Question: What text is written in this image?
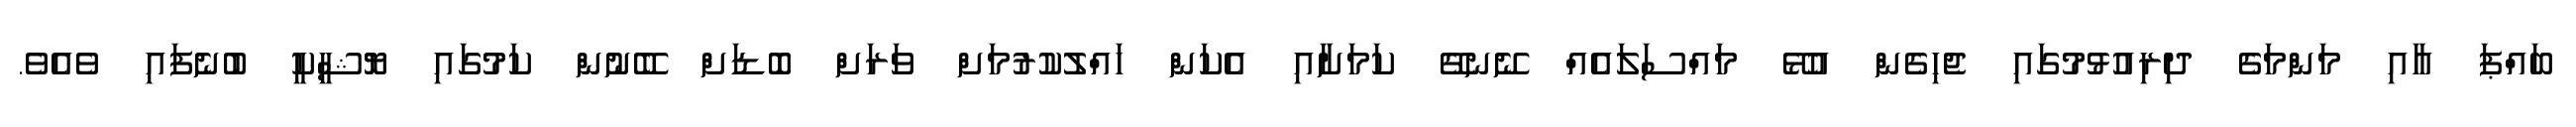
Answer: ބައްޕަ އާއި މަންމަގެ ދިރިއުޅުމުގައި ޖެހިގެން އުޅޭ މައްސަލައެއް ނޭނގޭ ކަމަށާއި އެކަން ހައްލުކުރުމަށް ވަރަށް ބޮޑަށް ބޭނުން ކަމުގައި ޔޮޝީކީ ބުނެފައި ވެއެވެ.